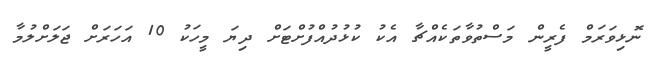
ނޮޅިވަރަމް ފެރީން މަސްތުވާތަކެއްޗާ އެކު ކުޅުދުއްފުށްޓަށް ދިޔަ މީހަކު 10 އަހަރަށް ޖަލަށްލުމާ